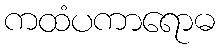
ကထံပကာရောဓ